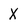
Character: X